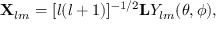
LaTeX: { \bf X } _ { l m } = [ l ( l + 1 ) ] ^ { - 1 / 2 } { \bf L } Y _ { l m } ( \theta , \phi ) ,